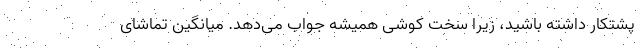
پشتکار داشته باشید، زیرا سخت کوشی همیشه جواب می‌دهد. میانگین تماشای